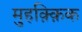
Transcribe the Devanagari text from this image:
मुहक़्क़िक